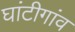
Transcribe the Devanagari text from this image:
घांटीगांव